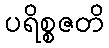
ပရိစ္စဇတိ